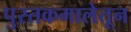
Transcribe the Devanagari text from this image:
पुस्तकमालेतून